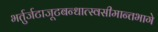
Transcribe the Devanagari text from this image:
भर्तुर्जटाजूटबन्धात्स्वसीमान्तभागे